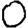
Digit: 0